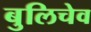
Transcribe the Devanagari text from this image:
बुलिचेव